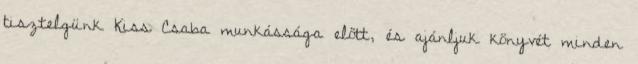
tisztelgünk Kiss Csaba munkássága előtt, és ajánljuk könyvét minden